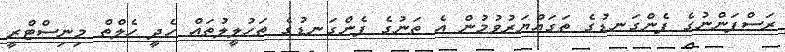
ރަސްފަންނުގެ ފެންގަނޑުގެ ތަގައްޔަރުވުމުން އެ ތަނުގެ ފެންގަނޑުގެ ތަހުލީލުތައް ހެދީ ހެލްތް މިނިސްޓްރީ